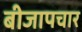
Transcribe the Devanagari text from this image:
बीजापचार